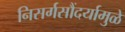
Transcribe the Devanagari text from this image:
निसर्गसौंदर्यामुळे